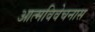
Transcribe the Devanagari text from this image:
आत्मविवेचनास